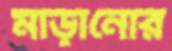
মাড়ানোর